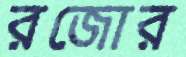
রজোর